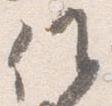
候